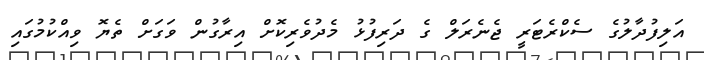
އަލިފުދާލުގެ ސެކްރެޓަރީ ޖެނެރަލް ގެ ދަރިފުޅު މެދުވެރިކޮށް އިރާގުން ވަގަށް ތެޔޮ ވިއްކުމުގައި